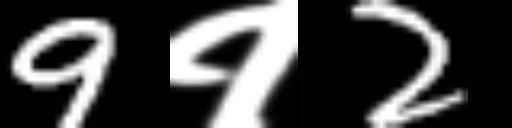
Text: 9१2